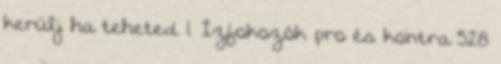
kerülj ha teheted 1. Ízfokozók pro és kontra 528